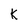
Character: K